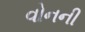
વોનની